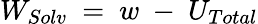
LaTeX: W_{Solv}~=~w~-~U_{Total}